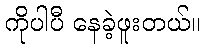
ကိုပါပီ နေခဲ့ဖူးတယ်။